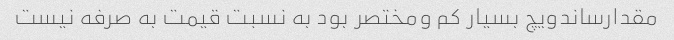
مقدارساندویچ بسیار کم ومختصر بود به نسبت قیمت به صرفه نیست